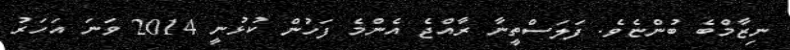
ނިޒާމްބެ ބުންޏެވެ. ފަލަސްތީނާ ރާއްޖެ އެންމެ ފަހުން ކުޅުނީ 2014 ވަނަ އަހަރު